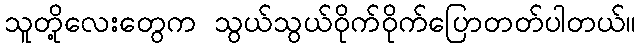
သူတို့လေးတွေက သွယ်သွယ်ဝိုက်ဝိုက်ပြောတတ်ပါတယ်။